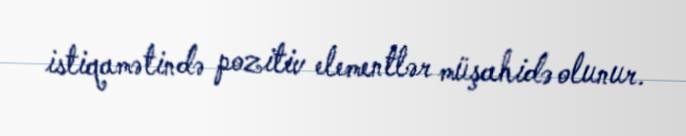
istiqamətində pozitiv elementlər müşahidə olunur.